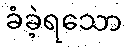
ခံခဲ့ရသော